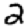
Digit: 2